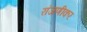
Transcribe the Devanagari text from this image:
रांजणीकर